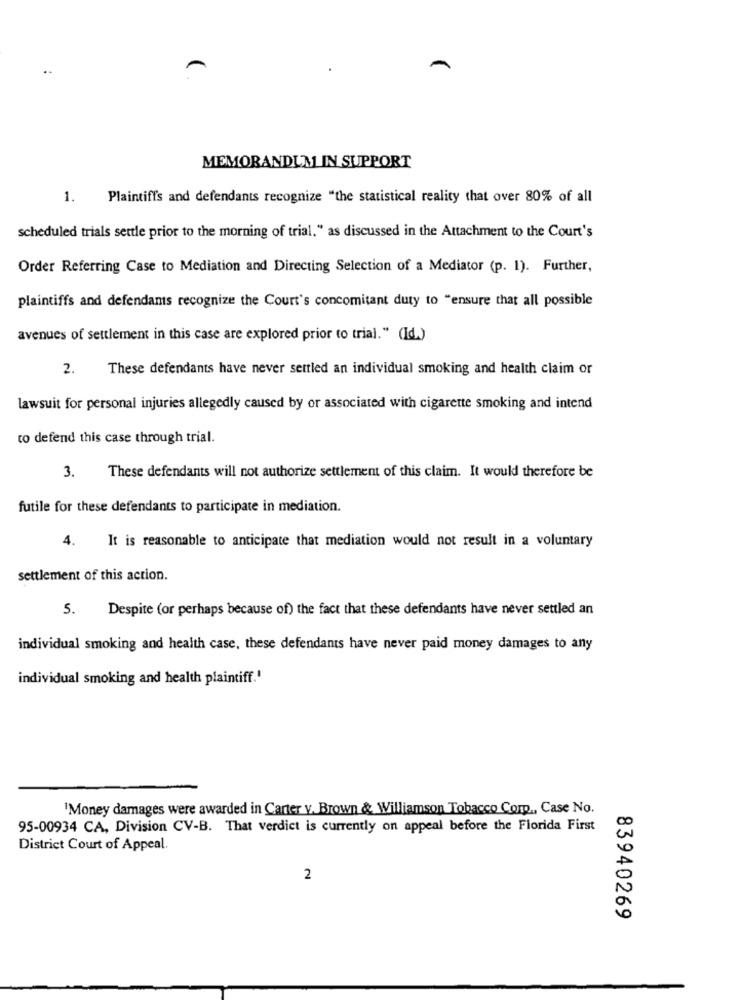
MEMORANDUM IN SUPPORT
1.
Plaintiffs and defendants recognize "the statistical reality that over 80% of all
scheduled trials settle prior to the morning of trial." as discussed in the Attachment to the Court's
Order Referring Case to Mediation and Directing Selection of a Mediator (p. 1). Further,
plaintiffs and defendants recognize the Court's concomitant duty to "ensure that all possible
avenues of settlement in this case are explored prior to trial." (Id.)
2.
These defendants have never settled an individual smoking and health claim or
lawsuit for personal injuries allegedly caused by or associated with cigarette smoking and intend
to defend this case through trial.
These defendants will not authorize settlement of this claim. It would therefore be
3.
futile for these defendants to participate in mediation.
4.
It is reasonable to anticipate that mediation would not result in a voluntary
settlement of this action.
5.
Despite (or perhaps because of) the fact that these defendants have never settled an
individual smoking and health case, these defendants have never paid money damages to any
individual smoking and health plaintiff.'
'Money damages were awarded in Carter v. Brown & Williamson Tobacco Corp ., Case No.
95-00934 CA, Division CV-B. That verdict is currently on appeal before the Florida First
District Court of Appeal.
2
83940269